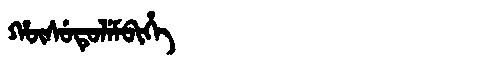
Manchu: ᡥᡡᠰᡠᡨᡠᠯᡝᠮᠪᡳᡥᡝ
Romanization: HŪSUTULEMBIHE